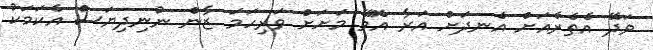
ވަދޭ އެތެރެއަށް އެނދަށް އަރާ އޮވޭ މަށަށް ވަރިހަމަ ޒާން ނުނިދިޔަސް އެކަމަކު